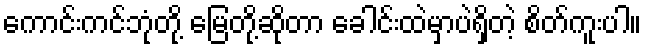
ကောင်းကင်ဘုံတို့ မြေတို့ဆိုတာ ခေါင်းထဲမှာပဲရှိတဲ့ စိတ်ကူးပါ။